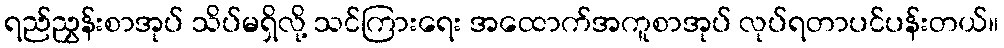
ရည်ညွှန်းစာအုပ် သိပ်မရှိလို့ သင်ကြားရေး အထောက်အကူစာအုပ် လုပ်ရတာပင်ပန်းတယ်။